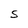
Character: S